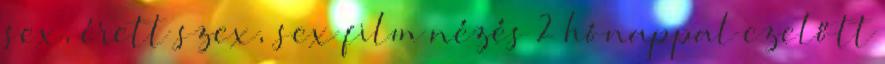
sex, érett szex, sex film nézés 2 hónappal ezelőtt